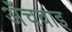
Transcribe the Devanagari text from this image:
अँचवाइ